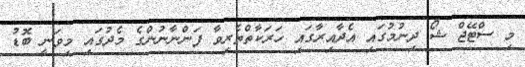
މި ސްޓޭޖް ޝޯ ދިނުމުގައި އެދާއިރާގައި ހަރަކާތްތެރިވާ ފަންނާނުންގެ މެދުގައި މިވަނީ ބޮޑު